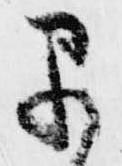
早